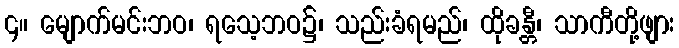
၄။ မျောက်မင်းဘဝ၊ ရသေ့ဘဝ၌၊ သည်းခံရမည်၊ ထိုခန္တီ၊ သာကီတို့ဖျား